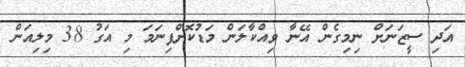
އަދި ސީޒަނަށް ނިމިގެން އޭނާ ވިއްކާލަން މަޑުކޮށްފިނަމަ މި އަގު 38 މިލިއަން